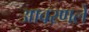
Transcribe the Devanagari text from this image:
आवरणले